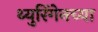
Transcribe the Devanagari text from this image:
थ्युरिंगेनच्या